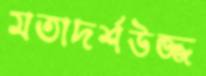
মতাদর্শউজ্জ